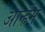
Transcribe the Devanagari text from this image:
आर्न्हेम